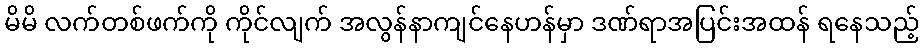
မိမိ လက်တစ်ဖက်ကို ကိုင်လျက် အလွန်နာကျင်နေဟန်မှာ ဒဏ်ရာအပြင်းအထန် ရနေသည့်